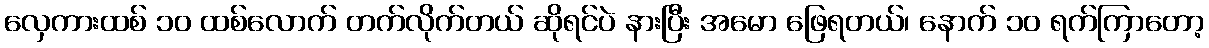
လှေကားထစ် ၁၀ ထစ်လောက် တက်လိုက်တယ် ဆိုရင်ပဲ နားပြီး အမော ဖြေရတယ်၊ နောက် ၁၀ ရက်ကြာတော့